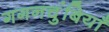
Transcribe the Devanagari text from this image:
गगनचुंबियाँ